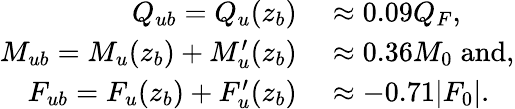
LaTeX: \begin{array}{rl}{Q_{ub}=Q_{u}(z_{b})}&{{}\approx 0.09Q_{F},}\\ {M_{ub}=M_{u}(z_{b})+M_{u}^{\prime}(z_{b})}&{{}\approx 0.36M_{0}\; \textrm{and},}\\ {F_{ub}=F_{u}(z_{b})+F_{u}^{\prime}(z_{b})}&{{}\approx-0.71|F_{0}|.}\end{array}